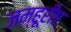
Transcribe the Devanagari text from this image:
जम्हूरीए